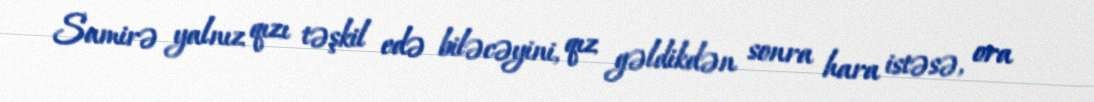
Samirə yalnız qızı təşkil edə biləcəyini, qız gəldikdən sonra hara istəsə, ora